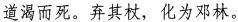
道渴而死。弃其杖，化为邓林。